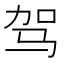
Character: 驾